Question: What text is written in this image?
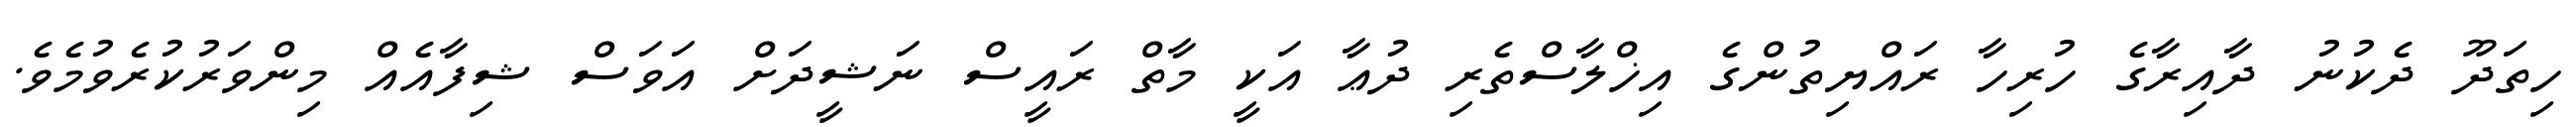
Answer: ހިތަދޫ ދެކުނު ދާއިރާގެ ހުރިހާ ރައްޔިތުންގެ އިޚްލާސްތެރި ދުޢާ އަކީ މާތް ރައީސް ނަޝީދަށް އަވަސް ޝިފާއެއް މިންވަރުކުރެވުމެވެ.